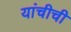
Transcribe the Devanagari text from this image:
यांचीची